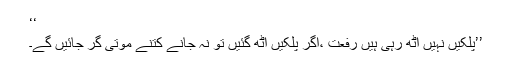
‘‘
’’پلکیں نہیں اٹھ رہی ہیں رفعت ،اگر پلکیں اٹھ گئیں تو نہ جانے کتنے موتی گر جائیں گے۔